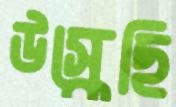
উস্‌কেছি